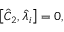
\begin{array} { r } { \left[ \hat { C } _ { 2 } , \hat { \lambda } _ { i } \right] = 0 , } \end{array}